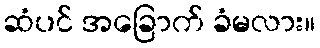
ဆံပင် အခြောက် ခံမလား။